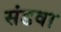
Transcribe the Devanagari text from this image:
संडवा